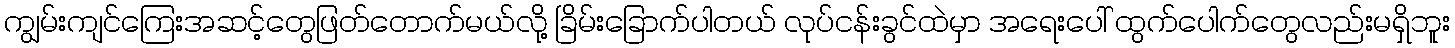
ကျွမ်းကျင်ကြေးအဆင့်တွေဖြတ်တောက်မယ်လို့ ခြိမ်းခြောက်ပါတယ် လုပ်ငန်းခွင်ထဲမှာ အရေးပေါ် ထွက်ပေါက်တွေလည်းမရှိဘူး